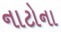
નાટોના